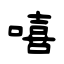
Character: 嘻